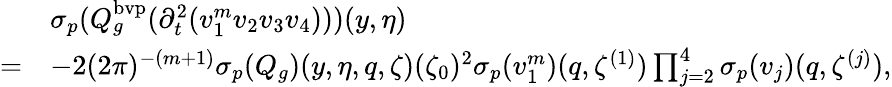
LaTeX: \begin{array}{rl}&{{{\sigma_{p}}}(Q_{g}^{\mathrm{bvp}}(\partial_{t}^{2}({v}_{1}^{m}v_{2}v_{3}v_{4})))(y,\eta)}\\ {=}&{-2(2\pi)^{-(m+1)}{{\sigma_{p}}}({Q}_{g})(y,\eta,q,\zeta)(\zeta_{0})^{2}{\sigma_{p}}(v_{1}^{m})(q,\zeta^{(1)})\prod_{j=2}^{4}{\sigma_{p}}(v_{j})(q,{\zeta^{(j)}}),}\end{array}